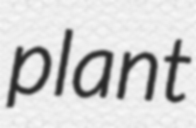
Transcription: plant